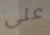
على